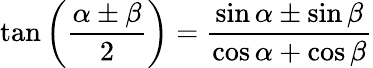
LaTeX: \tan\left({\frac{\alpha\pm\beta}{2}}\right)={\frac{\sin\alpha\pm\sin\beta}{\cos\alpha+\cos\beta}}